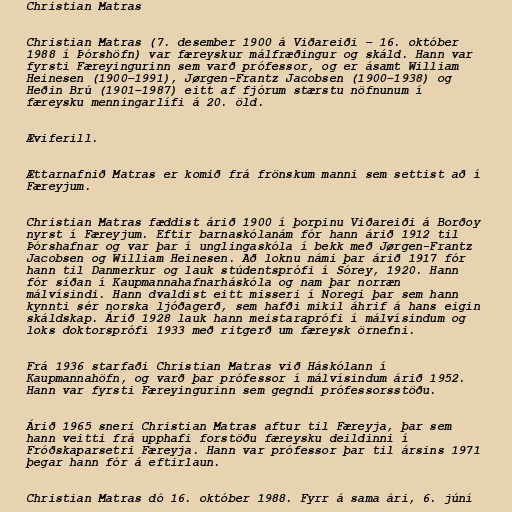
Christian Matras

Christian Matras (7. desember 1900 á Viðareiði – 16. október
1988 í Þórshöfn) var færeyskur málfræðingur og skáld. Hann var
fyrsti Færeyingurinn sem varð prófessor, og er ásamt William
Heinesen (1900–1991), Jørgen-Frantz Jacobsen (1900–1938) og
Heðin Brú (1901–1987) eitt af fjórum stærstu nöfnunum í
færeysku menningarlífi á 20. öld.

Æviferill.

Ættarnafnið Matras er komið frá frönskum manni sem settist að í
Færeyjum.

Christian Matras fæddist árið 1900 í þorpinu Viðareiði á Borðoy
nyrst í Færeyjum. Eftir barnaskólanám fór hann árið 1912 til
Þórshafnar og var þar í unglingaskóla í bekk með Jørgen-Frantz
Jacobsen og William Heinesen. Að loknu námi þar árið 1917 fór
hann til Danmerkur og lauk stúdentsprófi í Sórey, 1920. Hann
fór síðan í Kaupmannahafnarháskóla og nam þar norræn
málvísindi. Hann dvaldist eitt misseri í Noregi þar sem hann
kynnti sér norska ljóðagerð, sem hafði mikil áhrif á hans eigin
skáldskap. Árið 1928 lauk hann meistaraprófi í málvísindum og
loks doktorsprófi 1933 með ritgerð um færeysk örnefni.

Frá 1936 starfaði Christian Matras við Háskólann í
Kaupmannahöfn, og varð þar prófessor í málvísindum árið 1952.
Hann var fyrsti Færeyingurinn sem gegndi prófessorsstöðu.

Árið 1965 sneri Christian Matras aftur til Færeyja, þar sem
hann veitti frá upphafi forstöðu færeysku deildinni í
Fróðskaparsetri Færeyja. Hann var prófessor þar til ársins 1971
þegar hann fór á eftirlaun.

Christian Matras dó 16. október 1988. Fyrr á sama ári, 6. júní